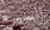
السيرة